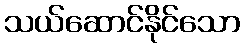
သယ်ဆောင်နိုင်သော